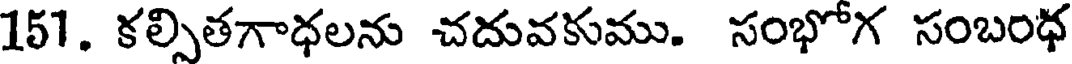
151. కల్పితగాధలను చదువకుము. సంభోగ సంబంధ